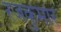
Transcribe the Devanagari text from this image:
रजकुमार